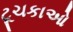
ટૂચકાઓ